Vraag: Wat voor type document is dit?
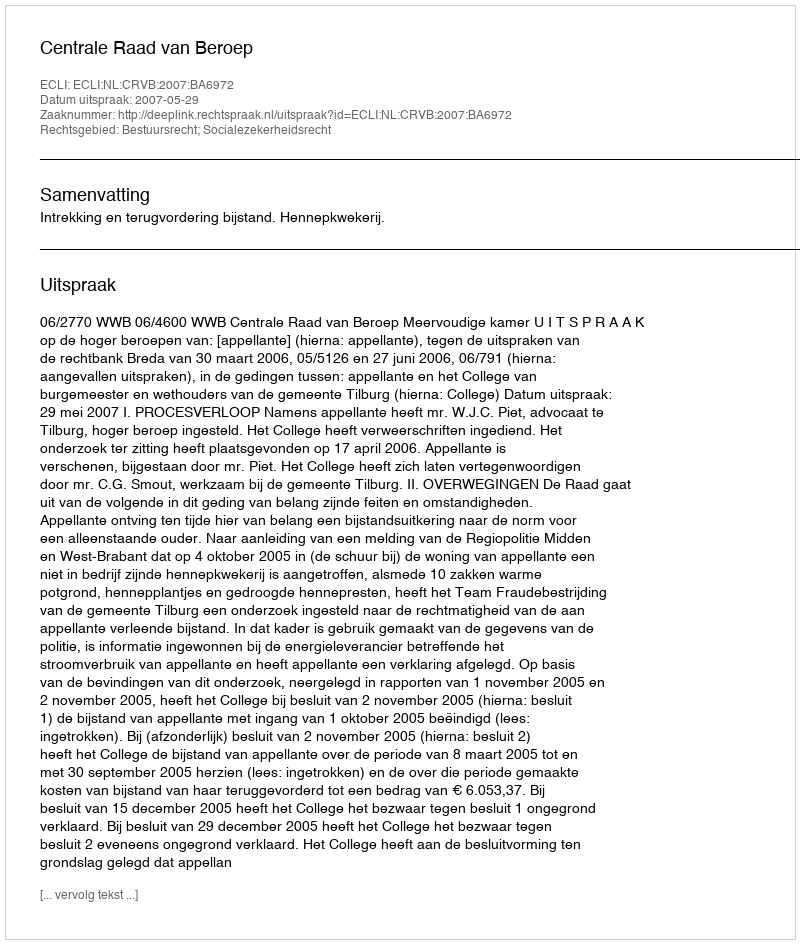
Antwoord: Uitspraak